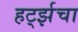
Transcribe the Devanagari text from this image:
हर्ट्झचा